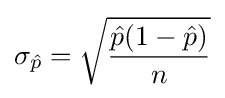
\sigma _{\hat {p}}={\sqrt {\frac {{\hat {p}}(1-{\hat {p}})}{n}}}